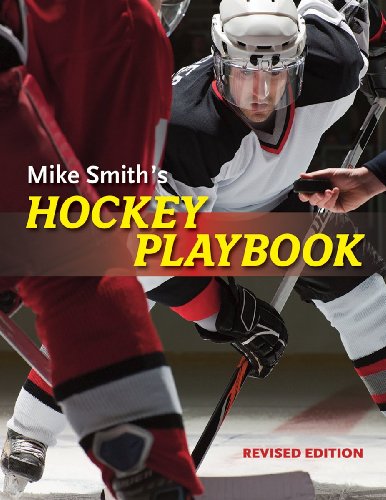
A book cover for Mike Smith's Hockey Playbook; Michael Smith; Sports & Outdoors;